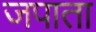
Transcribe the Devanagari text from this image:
जपाता